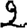
Digit: 2